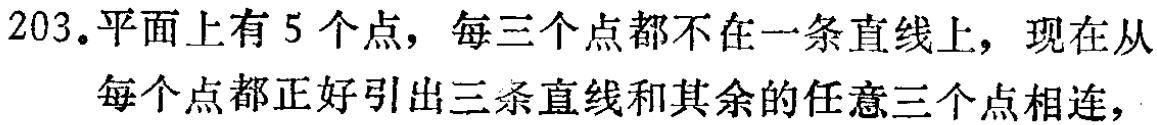
203. 平面上有 5 个点，每三个点都不在一条直线上，现在从每个点都正好引出三条直线和其余的任意三个点相连，